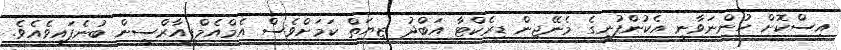
އިސްކޮށް ހުންނަވާނީ އެކުންފުނީގެ މެނޭޖިން ޑިރެކްޓާ އަބްދު ޒިޔަތް ކަމަށްވެސް އެމްއެމްޕީއާރްސީން ބުނެފައިވެއެވެ.